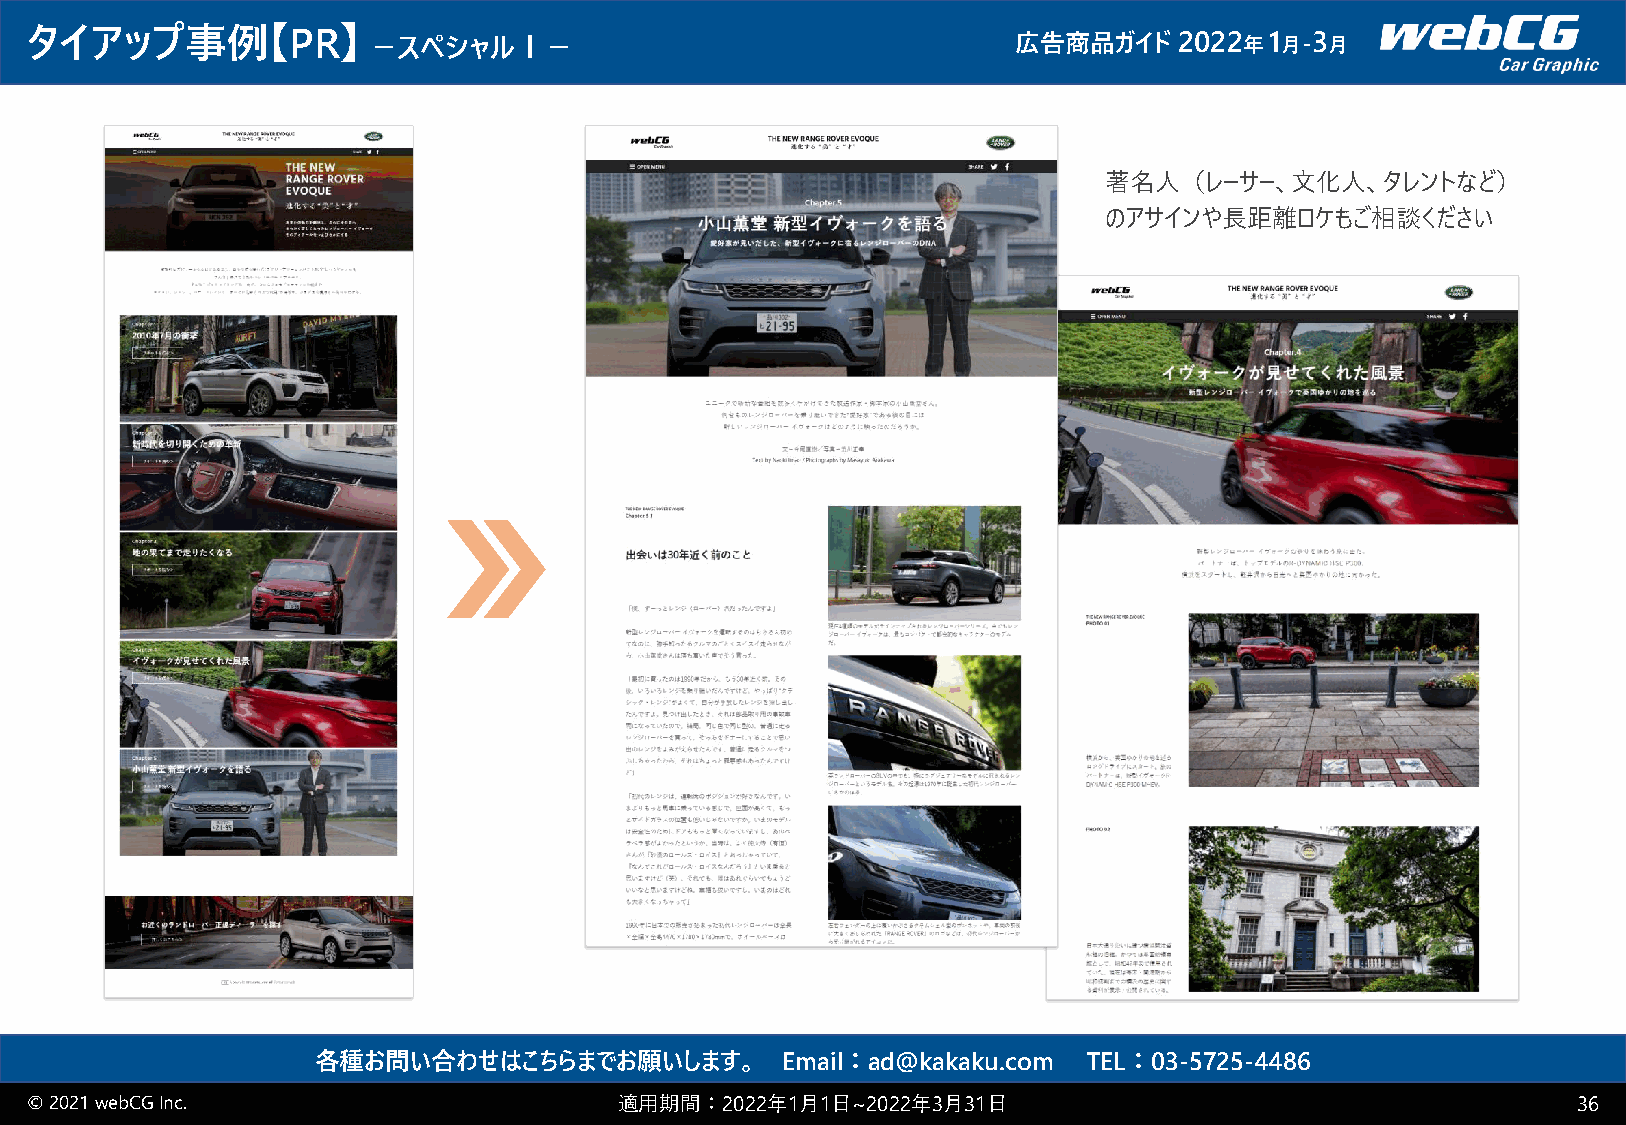
タイアップ事例【PR】           －スペシャルⅠ－                                   広告商品ガイド    2022 年1 月-3 月
 著名人（レーサー、文化人、タレントなど）
 のアサインや長距離ロケもご相談ください
 各種お問い合わせはこちらまでお願いします。          Email：ad@kakaku.com TEL：03-5725-4486
 © 2021 webCGInc.                       適用期間：2022年1月1日~2022年3月31日                                      36